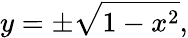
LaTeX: y=\pm{\sqrt{1-x^{2}}},